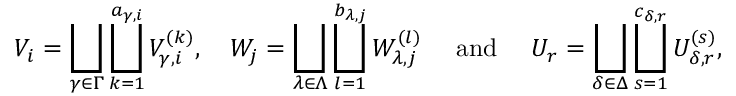
V _ { i } = \bigsqcup _ { \gamma \in \Gamma } \bigsqcup _ { k = 1 } ^ { a _ { \gamma , i } } V _ { \gamma , i } ^ { ( k ) } , \quad W _ { j } = \bigsqcup _ { \lambda \in \Lambda } \bigsqcup _ { l = 1 } ^ { b _ { \lambda , j } } W _ { \lambda , j } ^ { ( l ) } \quad \mathrm { ~ a n d ~ } \quad U _ { r } = \bigsqcup _ { \delta \in \Delta } \bigsqcup _ { s = 1 } ^ { c _ { \delta , r } } U _ { \delta , r } ^ { ( s ) } ,